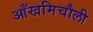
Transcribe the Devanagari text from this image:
आँखमिचौली